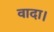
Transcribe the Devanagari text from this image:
वादा।